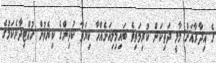
ގެ އިދާރާއަށް މާލީ ދަތިކަން ކުރިމަތިވެ ބައިމިލިއަނެއްހާ ކިޔަވާ ކުދިންގެ ކިޔެވުން ހުއްޓިދާނެކަމުގެ